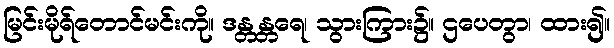
မြင်းမိုရ်တောင်မင်းကို။ ဒန္တန္တရေ၊ သွားကြား၌။ ဌပေတွာ၊ ထား၍။